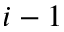
i - 1